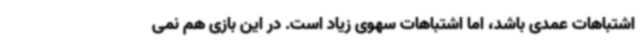
اشتباهات عمدی باشد، اما اشتباهات سهوی زیاد است. در این بازی هم نمی